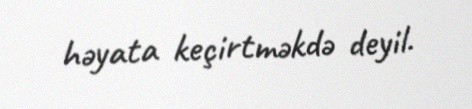
həyata keçirtməkdə deyil.